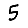
Digit: 5